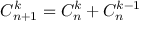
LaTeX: C _ { n + 1 } ^ { k } = C _ { n } ^ { k } + C _ { n } ^ { k - 1 }